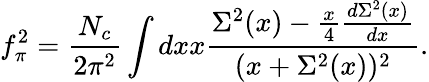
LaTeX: f_{\pi}^{2}=\frac{N_{c}}{2\pi^{2}}\int dxx\frac{\Sigma^{2}(x)-\frac{x}{4}\frac{d\Sigma^{2}(x)}{dx}}{(x+\Sigma^{2}(x))^{2}}.